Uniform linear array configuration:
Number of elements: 48
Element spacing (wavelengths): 0.5
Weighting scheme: binomial
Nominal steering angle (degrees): -30
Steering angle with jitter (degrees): -31.427
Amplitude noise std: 0.05
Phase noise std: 0.05

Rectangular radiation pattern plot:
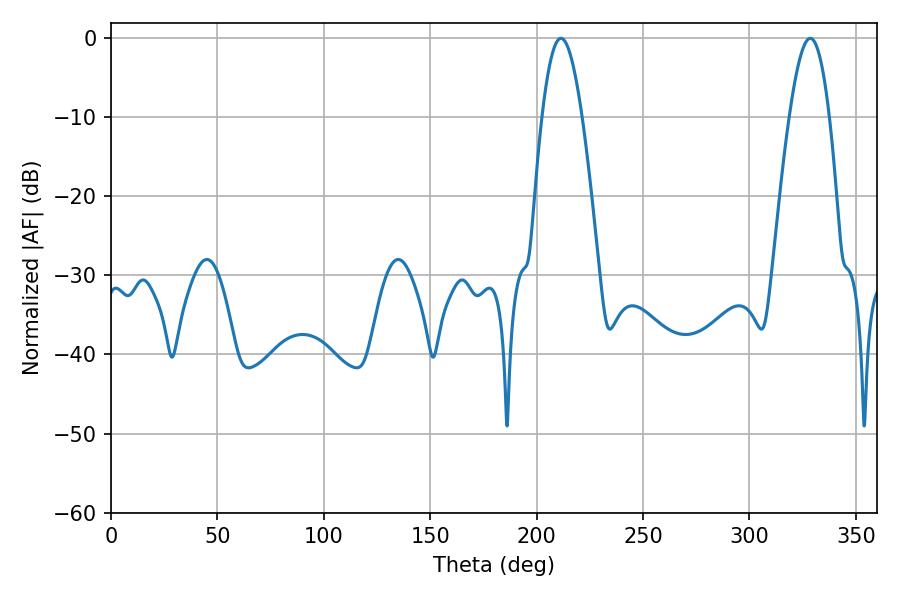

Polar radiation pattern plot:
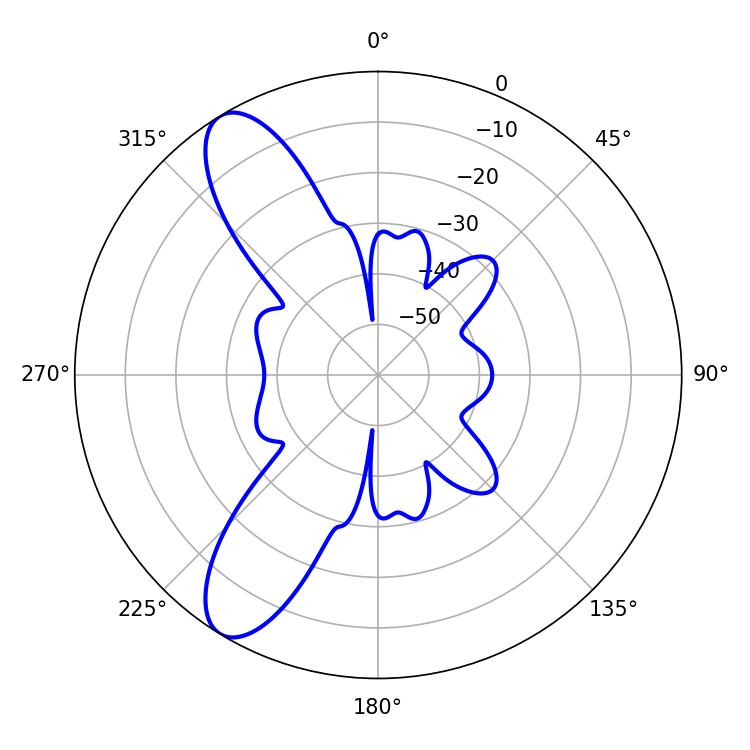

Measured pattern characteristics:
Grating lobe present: FALSE
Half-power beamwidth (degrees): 10.26
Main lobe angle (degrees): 211.5